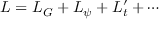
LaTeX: { \cal L } = { \cal L } _ { G } + { \cal L } _ { \psi } + { \cal L } _ { t } ^ { \prime } + \cdots